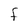
Character: F